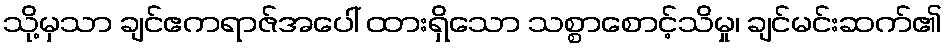
သို့မှသာ ချင်ဧကရာဇ်အပေါ် ထားရှိသော သစ္စာစောင့်သိမှု၊ ချင်မင်းဆက်၏